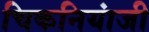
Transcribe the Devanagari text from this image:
चिकनियांजी